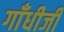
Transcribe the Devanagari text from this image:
गाँधीजी